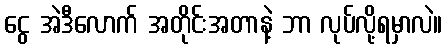
ငွေ အဲဒီလောက် အတိုင်းအတာနဲ့ ဘာ လုပ်လို့ရမှာလဲ။